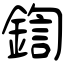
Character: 鍧